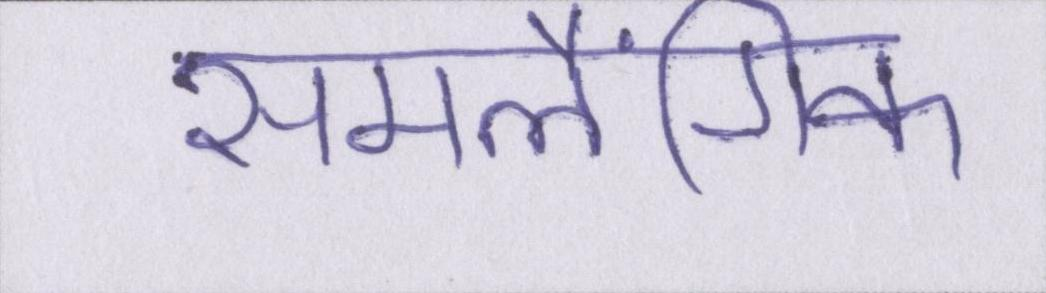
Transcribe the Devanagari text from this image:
समलैंगिक